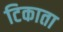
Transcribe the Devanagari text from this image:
टिकाता